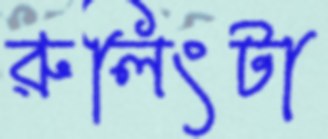
রুলিংটা